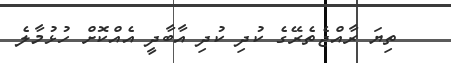
ތިޔަ ރާއްޖެތެރޭގެ ކުދި ކުދި އާބާދީ އެއްކޮށް ހުޅުމާލެ